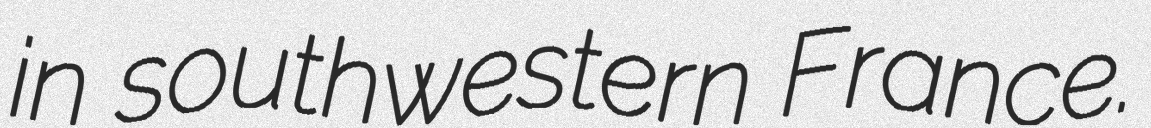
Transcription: in southwestern France.